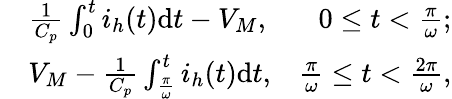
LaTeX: \begin{array}{rlr}&{\frac{1}{C_{p}}\int_{0}^{t}i_{h}(t)\mathrm{d}t-{V_{M}},}&{0\le t<\frac{\pi}{\omega};}\\ &{{V_{M}}-\frac{1}{C_{p}}\int_{\frac{\pi}{\omega}}^{t}i_{h}(t)\mathrm{d}t,}&{\frac{\pi}{\omega}\le t<\frac{2\pi}{\omega},}\end{array}